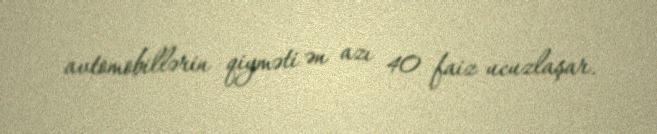
avtomobillərin qiyməti ən azı 40 faiz ucuzlaşar.